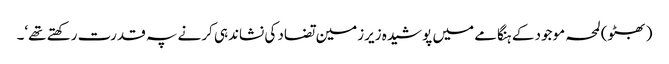
(بھٹو) لمحہ موجود کے ہنگامے میں پوشیدہ زیرزمین تضاد کی نشاندہی کرنے پہ قدرت رکھتے تھے‘۔